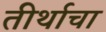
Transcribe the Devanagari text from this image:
तीर्थाचा